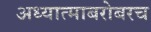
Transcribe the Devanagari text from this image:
अध्यात्माबरोबरच